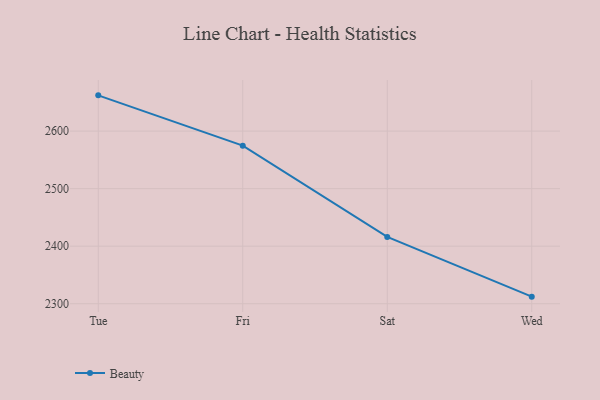
{"axis": {"x": "Day", "y": "Customer Acquisition Cost (USD)"}, "legend": ["Beauty"], "data": [{"x": "Tue", "y": 2662.1, "type": "Beauty"}, {"x": "Fri", "y": 2574.7, "type": "Beauty"}, {"x": "Sat", "y": 2416.0, "type": "Beauty"}, {"x": "Wed", "y": 2312.3, "type": "Beauty"}]}